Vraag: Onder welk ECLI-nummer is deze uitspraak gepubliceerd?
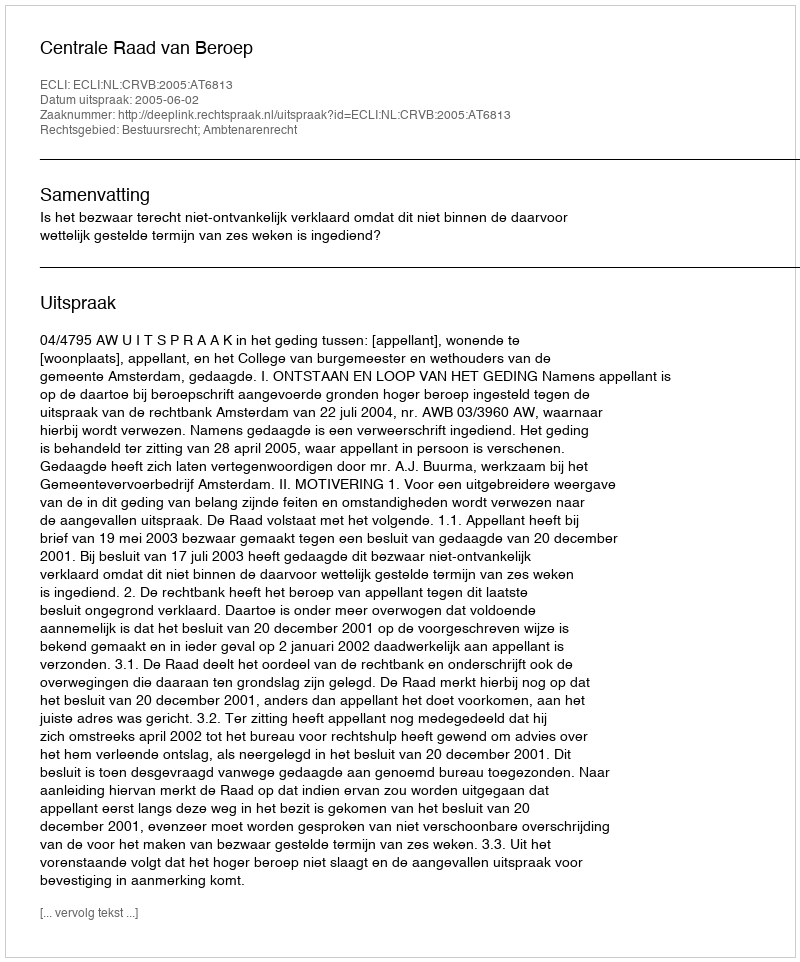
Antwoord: ECLI:NL:CRVB:2005:AT6813